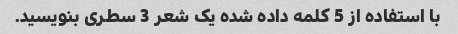
با استفاده از 5 کلمه داده شده یک شعر 3 سطری بنویسید.